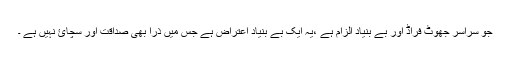
جو سراسر جھوٹ فراڈ اور بے بنیاد الزام ہے ،یہ ایک بے بنیاد اعتراض ہے جس میں ذرا بھی صداقت اور سچائ نہیں ہے ۔